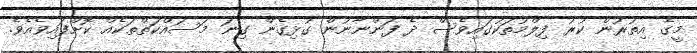
މީގެ އިތުރުން ކުރު ފިލްމުތަކުގައިވެސް ދެ ފަންނާނުން ގުޅިގެން ގިނަ މަސައްކަތްތަކެއް ކޮށްފައިވެއެވެ.